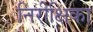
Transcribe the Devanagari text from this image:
निरीक्षिका